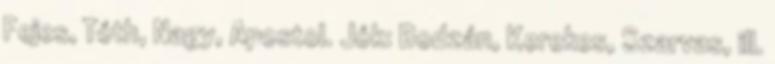
Fejes, Tóth, Nagy, Apostol. Jók: Bodzán, Kerekes, Szarvas, ill.